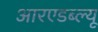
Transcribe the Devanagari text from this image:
आरएडब्ल्यू